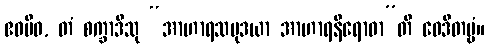
ဧဝမိဓ, တံ စက္ခာဒီသု “အာဟာရသမုဒယာ အာဟာရနိရောဓာ”တိ ဝေဒိတဗ္ဗံ။